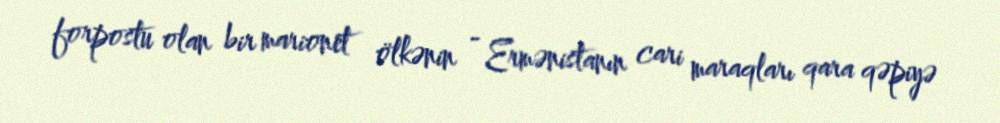
forpostu olan bir marionet ölkənin - Ermənistanın cari maraqları qara qəpiyə